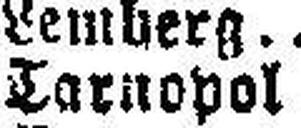
Tarnopol